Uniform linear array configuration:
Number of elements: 4
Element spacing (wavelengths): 0.5
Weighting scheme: hann
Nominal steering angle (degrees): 30
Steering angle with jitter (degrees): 31.277
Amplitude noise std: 0.05
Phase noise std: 0.05

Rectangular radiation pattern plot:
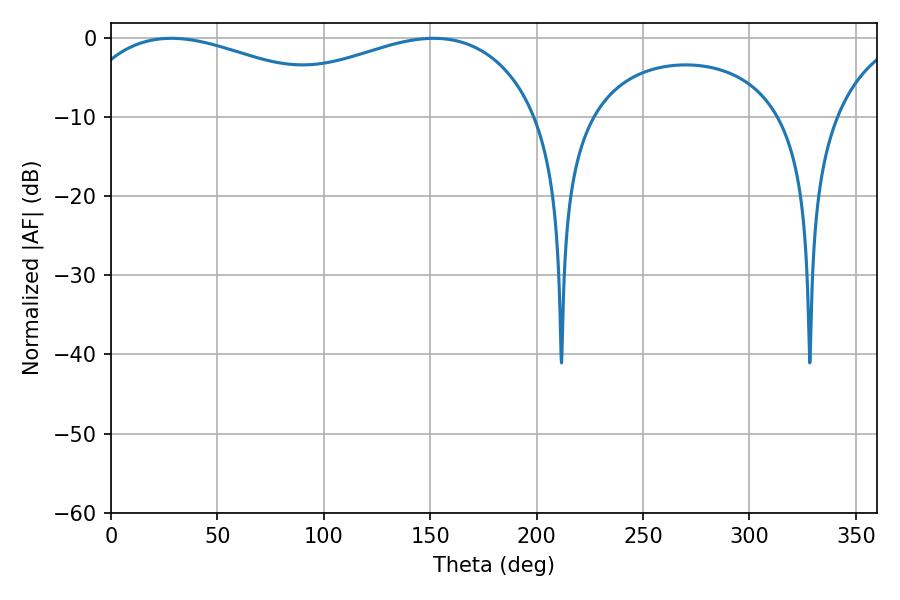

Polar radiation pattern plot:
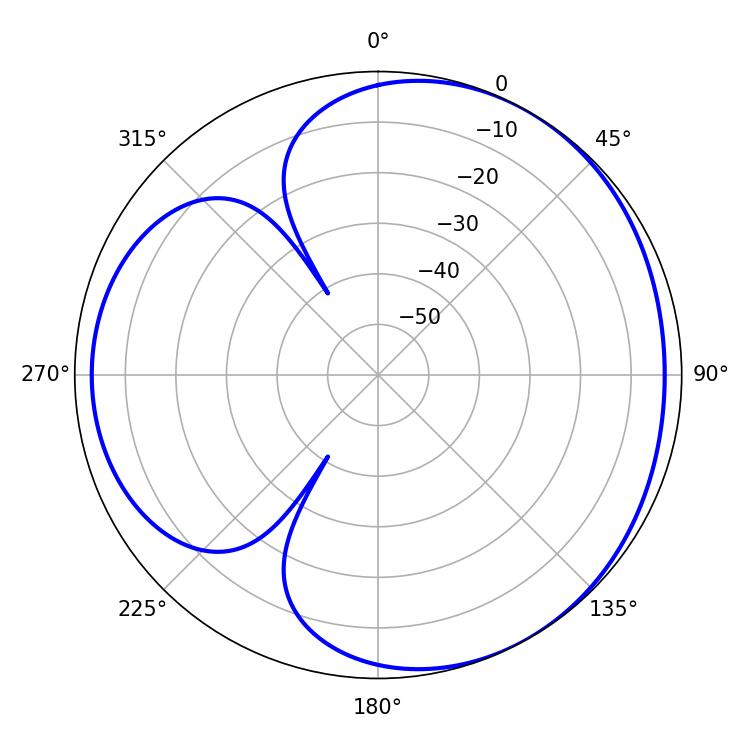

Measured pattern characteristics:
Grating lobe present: FALSE
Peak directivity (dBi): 3.51
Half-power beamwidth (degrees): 77.04
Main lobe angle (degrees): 28.44